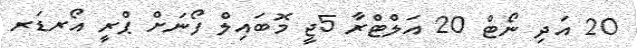
20 އަދި ނޯޓް 20 އަލްޓްރާ 5ޖީ މޮބައިލް ފޯނަށް ޕްރީ އޯރޑަރ